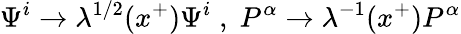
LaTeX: \Psi^{i}\rightarrow\lambda^{1/2}(x^{+})\Psi^{i}\; ,\; P^{\alpha}\rightarrow\lambda^{-1}(x^{+})P^{\alpha}